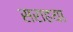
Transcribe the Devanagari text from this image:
सराहया